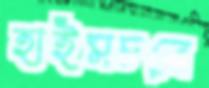
হাইমচরে